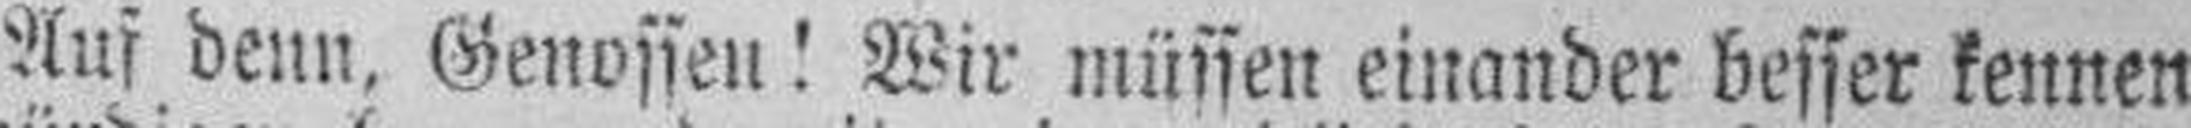
Auf denn, Genossen! Wir müssen einander besser kennen